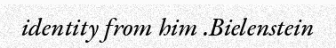
identity from him .Bielenstein